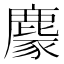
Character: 𪋁